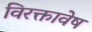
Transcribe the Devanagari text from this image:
विरक्तावेष